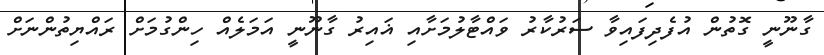
ގާނޫނީ ގޮތުން އުފެދިފައިވާ ސަރުކާރު ވައްޓާލުމަށާއި ޣައިރު ގާނޫނީ އަމަލެއް ހިންގުމަށް ރައްޔިތުންނަށް